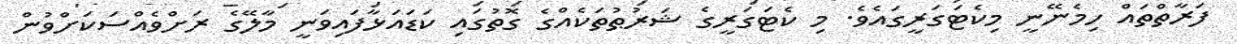
ފަރާތްތައް ހިމެނޭނީ މިކެޓަގަރީގައެވެ. މި ކެޓަގަރީގެ ޝަރުޠުތަކެއްގެ ގޮތުގައި ކަޑައަޅާފައިވަނީ މާލޭގެ ރަށްވެއްސަކަށްވުން